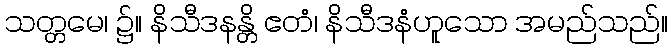
သတ္တမေ၊ ၌။ နိသီဒနန္တိ ဧတံ၊ နိသီဒနံဟူသော အမည်သည်။